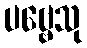
ပဗ္ဗေသု